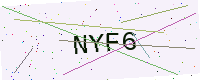
Text: NYF6